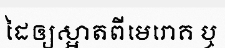
ដៃឲ្យស្អាតពីមេរោគ ឬ